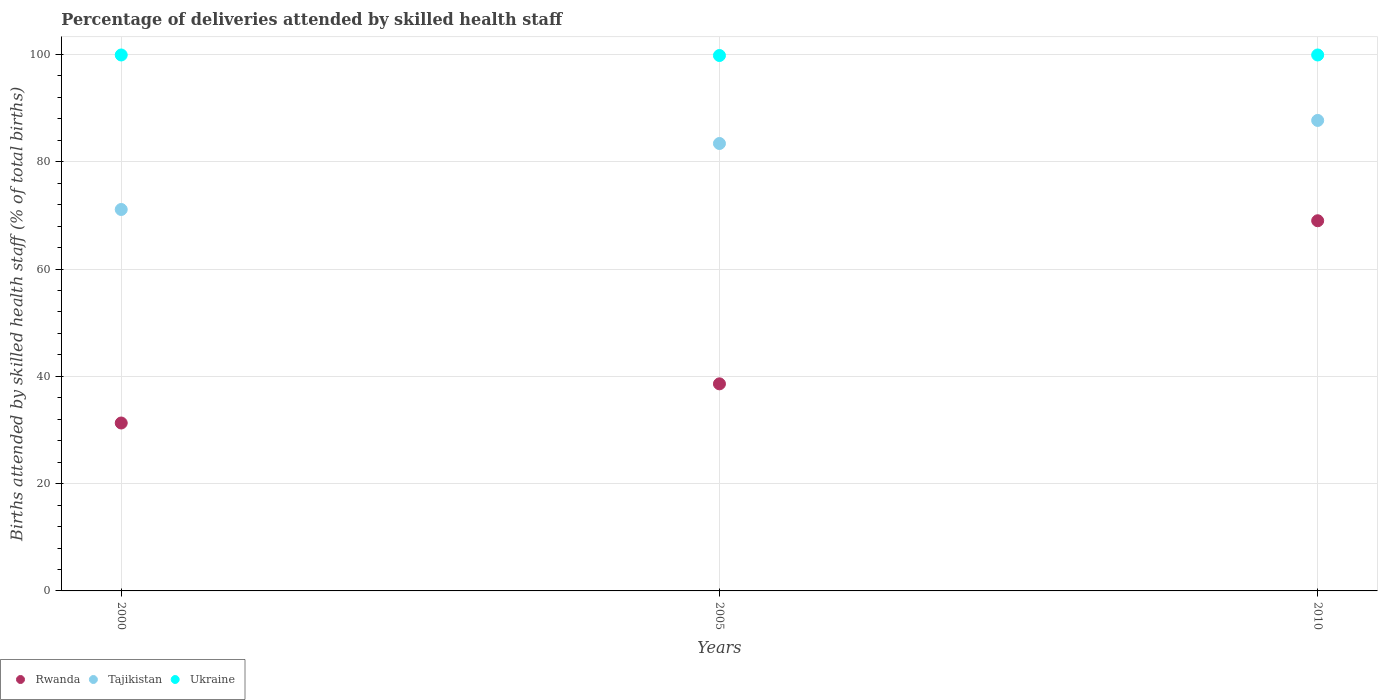
| Years | Rwanda | Tajikistan | Ukraine |
 | --- | --- | --- | --- |
 | 2000 | 31.3 | 71.1 | 99.9 |
 | 2005 | 38.6 | 83.4 | 99.8 |
 | 2010 | 69 | 87.7 | 99.9 |